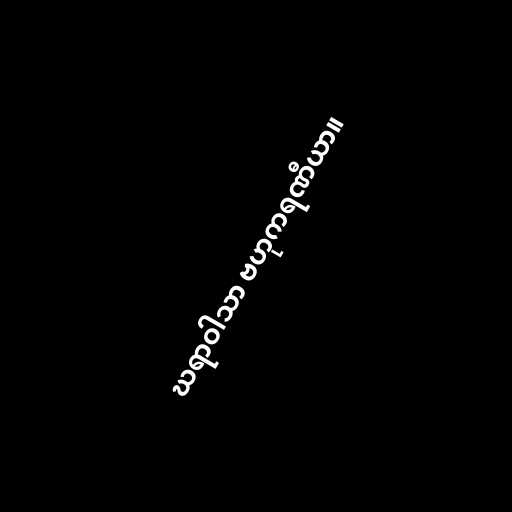
ဃရာဝါသာ ဗဟုကရဏီယာ။